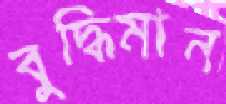
বুদ্ধিমান